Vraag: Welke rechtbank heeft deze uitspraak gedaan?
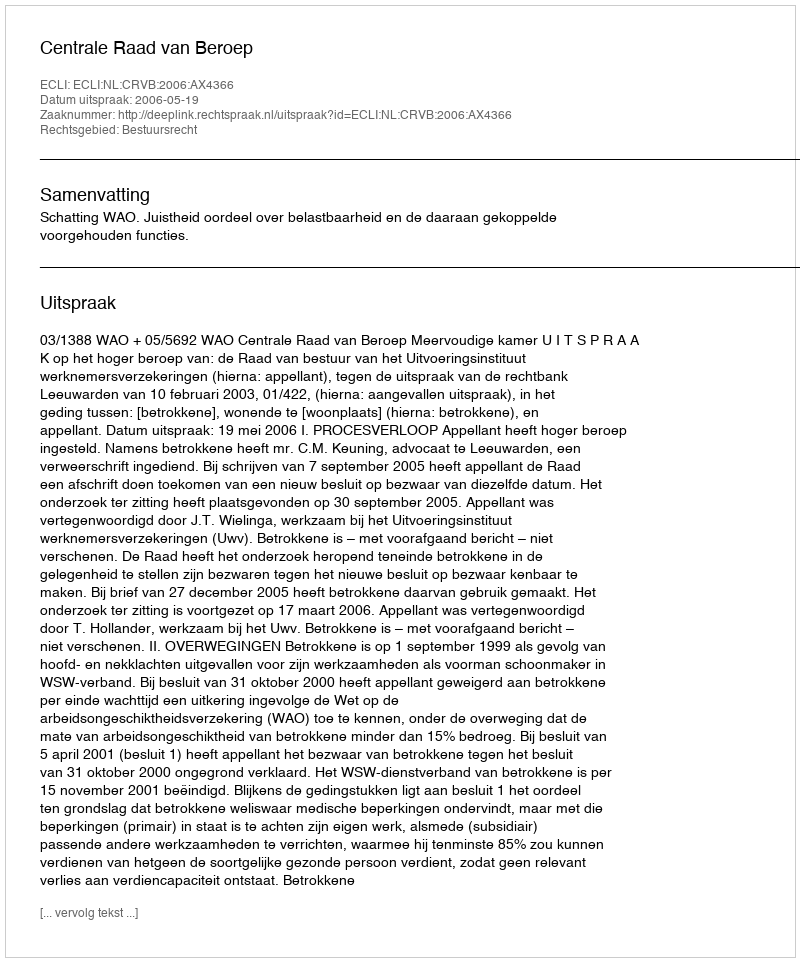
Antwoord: Centrale Raad van Beroep